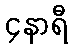
၄နာရီ